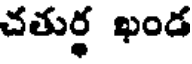
చతుర్థ ఖండ